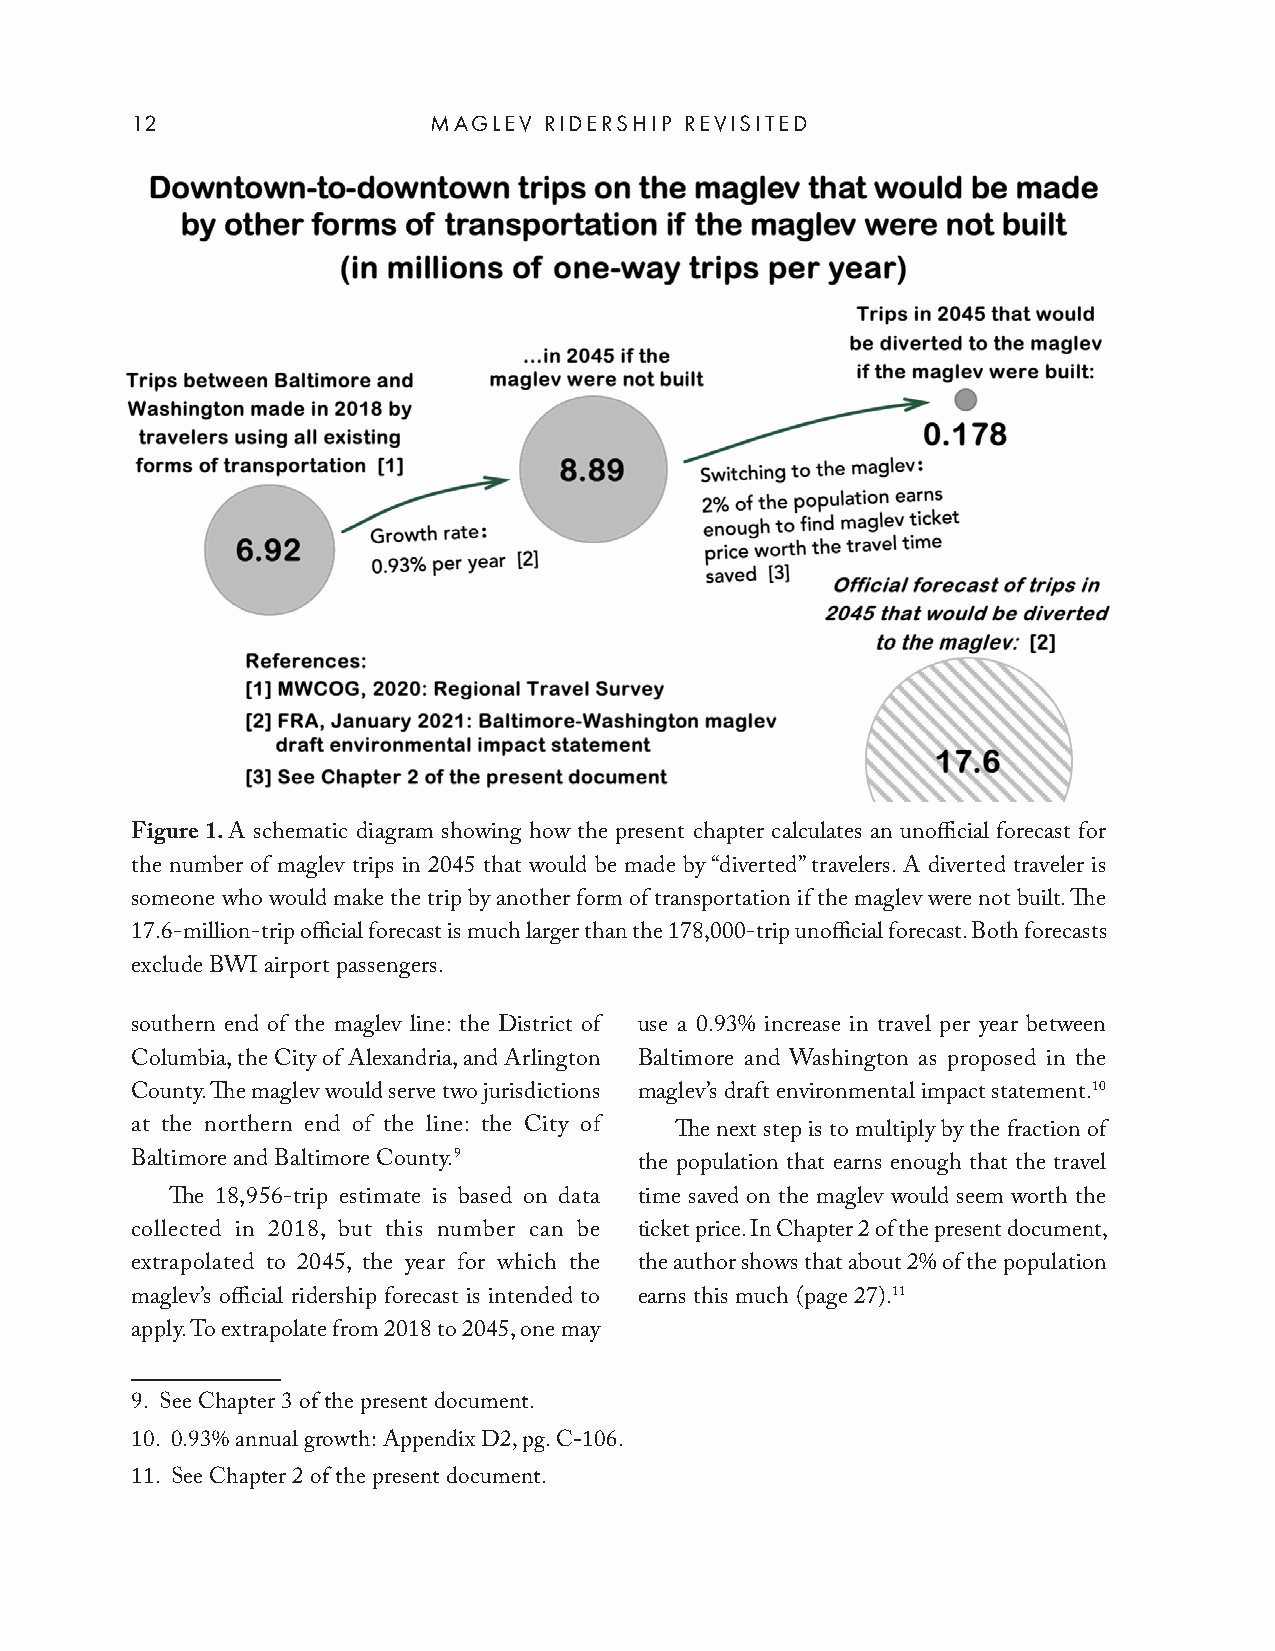
12                 MAGLEV  RIDERSHIP REVISITED
 Figure 1. A schematic diagram showing how the present chapter calculates an unofficial forecast for
 the number of maglev trips in 2045 that would be made by “diverted” travelers. A diverted traveler is
 someone who would make the trip by another form of transportation if the maglev were not built. The
 17.6-million-trip official forecast is much larger than the 178,000-trip unofficial forecast. Both forecasts
 exclude BWI airport passengers.
 southern end of the maglev line: the District of use a 0.93% increase in travel per year between
 Columbia, the City of Alexandria, and Arlington Baltimore and Washington as proposed in the
 County. The maglev would serve two jurisdictions maglev’s draft environmental impact statement.10
 at the northern end of the line: the City of The next step is to multiply by the fraction of
 Baltimore and Baltimore County.9 the population that earns enough that the travel
 The 18,956-trip estimate is based on data time saved on the maglev would seem worth the
 collected in 2018, but this number can be ticket price. In Chapter 2 of the present document,
 extrapolated to 2045, the year for which the the author shows that about 2% of the population
 maglev’s official ridership forecast is intended to earns this much (page 27).11
 apply. To extrapolate from 2018 to 2045, one may
 9. See Chapter 3 of the present document.
 10. 0.93% annual growth: Appendix D2, pg. C-106.
 11. See Chapter 2 of the present document.